Report on the working of the Ranchi Indian Mental Hospital, Kanke, in Bihar and Orissa - 1930-1940
Year: 1930
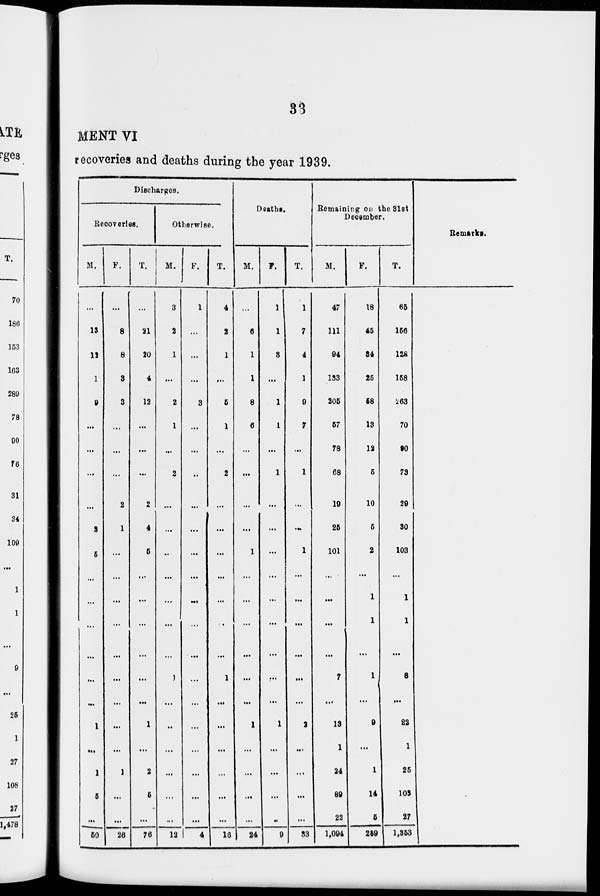
33
MENT VI
recoveries and deaths during the year 1939.
Discharges.
Recoveries.
M.
...
13
12
1
9
...
...
...
...
3
6
...
...
...
...
...
...
1
...
1
5
...
50
F.
...
8
8
3
3
...
...
...
2
1
...
...
...
...
...
...
...
...
...
1
...
...
26
T.
...
21
20
4
12
...
...
...
2
4
6
...
...
...
...
...
...
1
...
2
5
...
76
Otherwise.
M.
3
2
1
...
2
1
...
2
...
...
...
...
...
...
...
1
...
...
...
...
...
...
12
F.
1
...
...
...
3
...
...
...
...
...
...
...
...
...
...
...
...
...
...
...
...
...
4
T.
4
2
1
...
5
1
...
2
...
...
...
...
...
...
...
1
...
...
...
...
...
...
16
Deaths.
M.
...
6
1
1
8
6
...
...
...
...
1
...
...
...
...
...
...
1
...
...
...
...
24
F.
1
1
3
...
1
1
...
1
...
...
...
...
...
...
...
...
...
1
...
...
...
...
9
T.
1
7
4
1
9
7
...
1
...
...
1
...
...
...
...
...
...
2
...
...
...
...
33
Remaining on the 31st
December.
M.
47
111
94
133
205
57
78
68
19
26
101
...
...
...
...
7
...
13
1
24
89
22
1,094
F.
18
45
34
25
58
13
12
5
10
5
2
...
1
1
...
1
...
9
...
1
14
6
259
T.
65
156
128
158
263
70
90
73
29
30
103
...
1
1
...
8
...
22
1
25
103
27
1,353
Remarks.